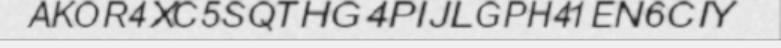
AKOR4XC5SQTHG4PIJLGPH41EN6CIY